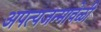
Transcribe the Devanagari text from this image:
अपत्यजन्मावेळी